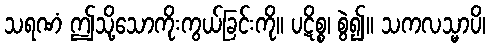
သရဏံ ဤသို့သောကိုးကွယ်ခြင်းကို။ ပဋိစ္စ၊ စွဲ၍။ သကလသ္မာပိ၊